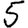
Digit: 5